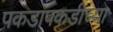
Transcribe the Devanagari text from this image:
पकडापकडीच्या